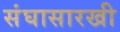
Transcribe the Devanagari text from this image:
संघासारखी